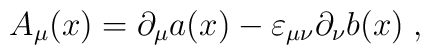
A_\mu(x)=\partial_{\mu}a(x)-\varepsilon_{\mu\nu}\partial_{\nu}b(x)\; ,